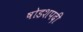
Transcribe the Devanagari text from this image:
षोडशपदी